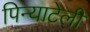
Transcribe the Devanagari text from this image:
पिन्याटेली